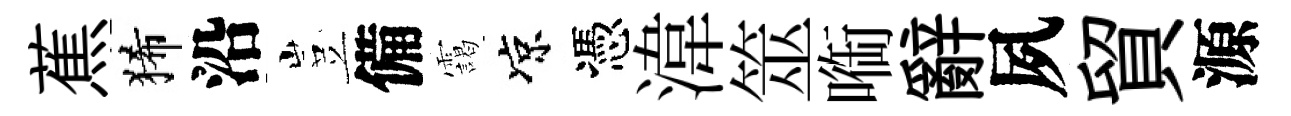
蕉狶沿豈備靄凉憑湋筮㗸辭夙貿源